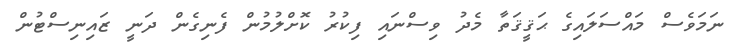
ނަމަވެސް މައްސަލައިގެ ޙަޤީޤަތާ މެދު ވިސްނައި ފިކުރު ކޮށްލުމުން ފެނިގެން ދަނީ ޒައިނިސްޓުން